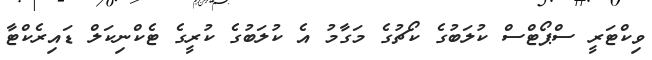
ވިކްޓަރީ ސްޕޯޓްސް ކުލަބުގެ ކޯޗުގެ މަގާމު އެ ކުލަބުގެ ކުރީގެ ޓެކްނިކަލް ޑައިރެކްޓާ